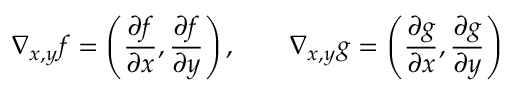
\nabla _ { x , y } f = \left( { \frac { \partial f } { \partial x } } , { \frac { \partial f } { \partial y } } \right) , \qquad \nabla _ { x , y } g = \left( { \frac { \partial g } { \partial x } } , { \frac { \partial g } { \partial y } } \right)